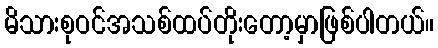
မိသားစုဝင်အသစ်ထပ်တိုးတော့မှာဖြစ်ပါတယ်။